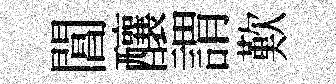
閶釀謂歎